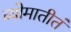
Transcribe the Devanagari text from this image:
व्योमातीतं